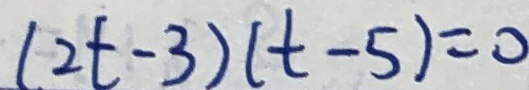
( 2 t - 3 ) ( t - 5 ) = 0